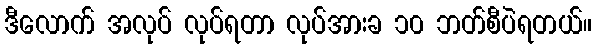
ဒီလောက် အလုပ် လုပ်ရတာ လုပ်အားခ ၁၀ ဘတ်စီပဲရတယ်။